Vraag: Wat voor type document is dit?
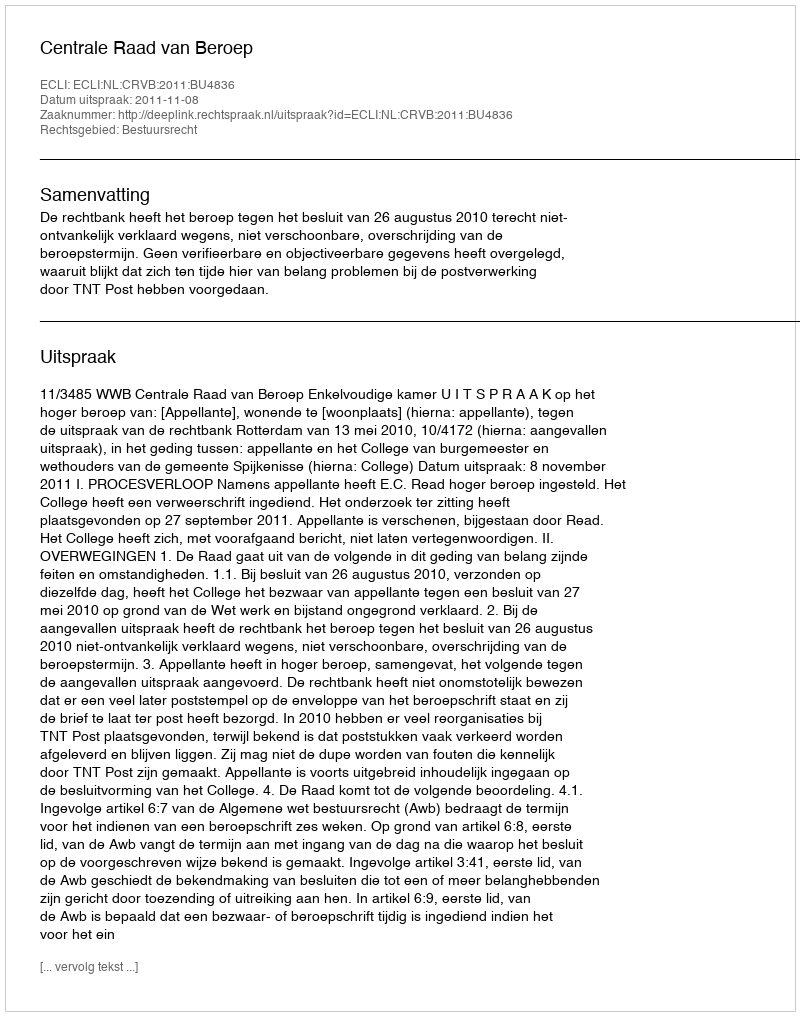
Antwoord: Uitspraak